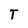
Character: T